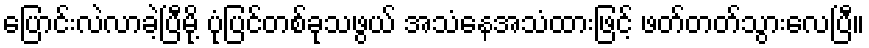
ပြောင်းလဲလာခဲ့ပြီမို့ ပုံပြင်တစ်ခုသဖွယ် အသံနေအသံထားဖြင့် ဖတ်တတ်သွားလေပြီ။